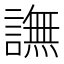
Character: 譕